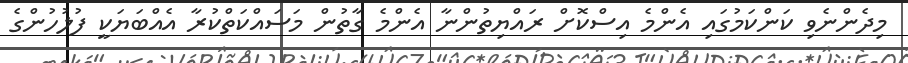
މިދެންނެވި ކަންކަމުގައި އެންމެ އިސްކޮށް ރައްޔިތުންނާ އެންމެ ގާތުން މަސައްކަތްކުރާ އެއްބަޔަކީ ފުލުހުންގެ